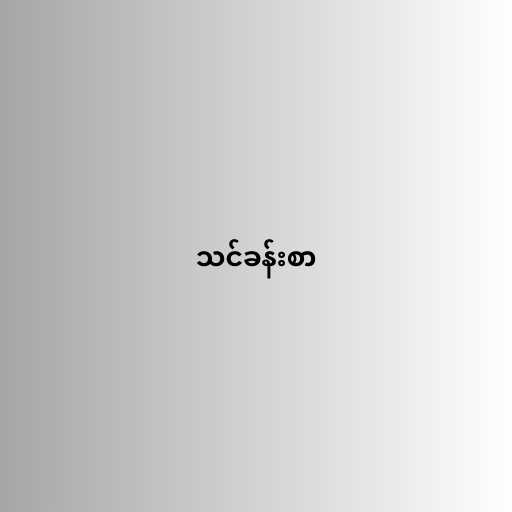
သင်ခန်းစာ